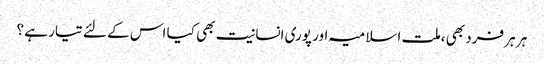
ہر ہر فرد بھی ،ملت اسلامیہ اور پوری انسانیت بھی کیا اس کے لئے تیار ہے ؟